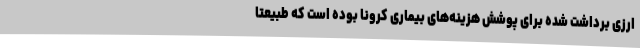
ارزی برداشت شده برای پوشش هزینه‌های بیماری کرونا بوده است که طبیعتا